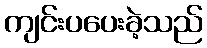
ကျင်းပပေးခဲ့သည်